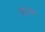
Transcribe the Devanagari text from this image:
खोवरा